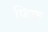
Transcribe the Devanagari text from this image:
फिक़